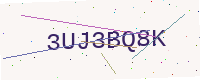
Text: 3UJ3BQ8K